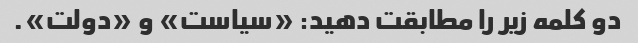
دو کلمه زیر را مطابقت دهید: «سیاست» و «دولت».